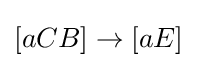
[aCB]\rightarrow [aE]